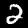
Digit: 2